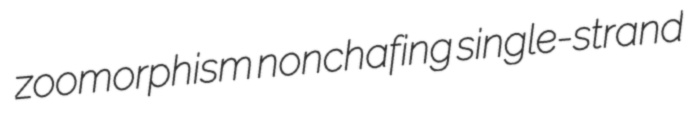
zoomorphism nonchafing single-strand